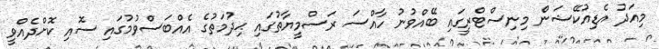
މިއަދު އެޑިއުކޭޝަން މިނިސްޓްރީގައި ބޭއްވުނު ހާއްސަ ރަސްމީޔާތުގައި ޙިދުމަތުގެ އެއްބަސްވުމުގައި ސޮއި ކޮށްދެއްވީ